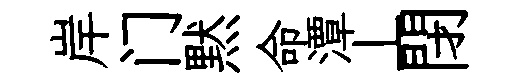
岸门黙命潭丄閉